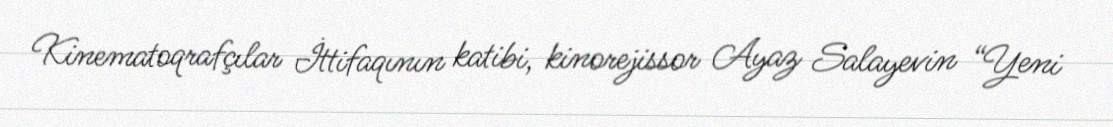
Kinematoqrafçılar İttifaqının katibi, kinorejissor Ayaz Salayevin “Yeni